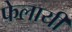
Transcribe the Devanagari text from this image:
फेलायी